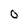
Character: O